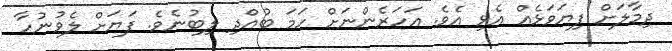
ދިމާލަށް ފިޔަވަޅެއް އެޅި އެވެ. އަހަރެންނަށް ހަމަ ބުއްދި ލިބުނެވެ. ފަޔަށް ލެވުނުހާ